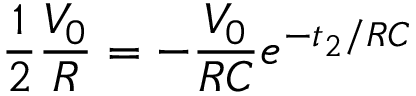
\frac { 1 } { 2 } \frac { V _ { 0 } } { R } = - \frac { V _ { 0 } } { R C } e ^ { - t _ { 2 } / R C }